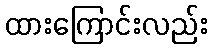
ထားကြောင်းလည်း